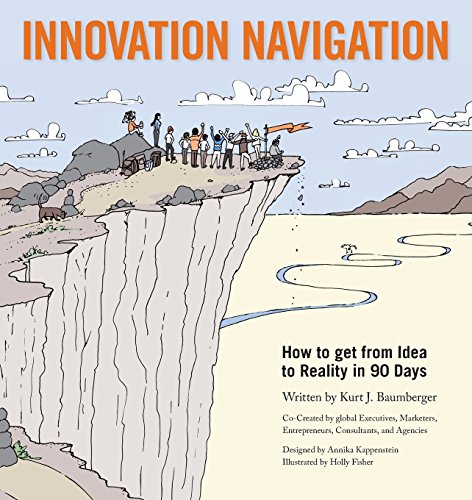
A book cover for Innovation Navigation: How To Get From Idea To Reality In 90 Days; Kurt J Baumberger; Business & Money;